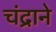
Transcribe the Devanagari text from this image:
चंद्राने